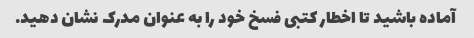
آماده باشید تا اخطار کتبی فسخ خود را به عنوان مدرک نشان دهید.